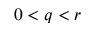
0 < q < r